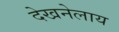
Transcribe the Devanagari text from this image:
देखनेलाय